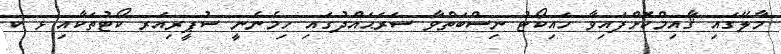
މާލޭގައި ޤާއިމްކޮށްފައިވާ ހައިކޯޓު ނިސްބަތްވާ ސަރަޙައްދުގައި ހިމެނެނީ ސުޕީރިއަރ ކޯޓުތަކާއި ޅ ކ